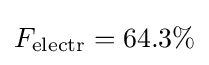
F_{\text{electr}}=64.3\%